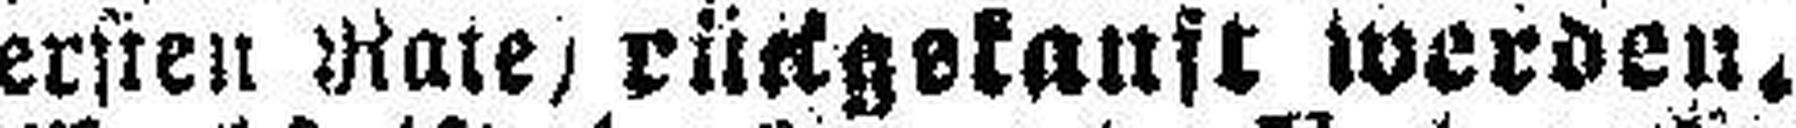
ersten Rate) rückgekauft werden.